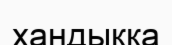
хандыққа